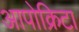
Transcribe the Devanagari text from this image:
आपोक्रिटा